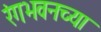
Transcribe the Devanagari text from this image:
रंगभवनच्या